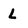
Character: L